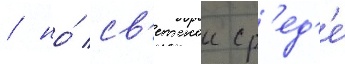
/ но́ св'етскои ср'ед'е́